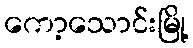
ကော့သောင်းမြို့